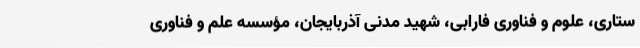
ستاری، علوم و فناوری فارابی، شهید مدنی آذربایجان، مؤسسه علم و فناوری